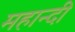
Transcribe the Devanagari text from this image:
महान्दी